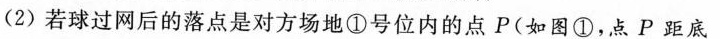
(2)若球过网后的落点是对方场地①号位内的点P(如图①，点P距底